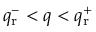
q _ { \mathrm { r } } ^ { - } < q < q _ { \mathrm { r } } ^ { + }